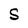
Character: S